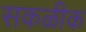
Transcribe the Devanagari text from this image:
सकळीक